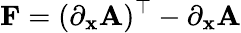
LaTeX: \mathbf{F}=(\partial_{\mathbf{x}}\mathbf{A})^{\top}-\partial_{\mathbf{x}}\mathbf{A}